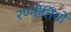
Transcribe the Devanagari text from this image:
रण्नीतियों